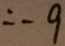
= - 9